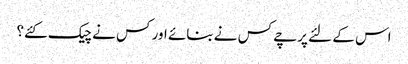
اس کے لئے پرچے کس نے بنائے اور کس نے چیک کئے؟